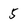
Character: 5